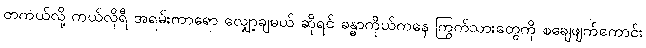
တကယ်လို့ ကယ်လိုရီ အရမ်းကာရော လျှော့ချမယ် ဆိုရင် ခန္ဓာကိုယ်ကနေ ကြွက်သားတွေကို စချေဖျက်ကောင်း